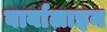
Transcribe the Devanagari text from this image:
बार्बालाइन